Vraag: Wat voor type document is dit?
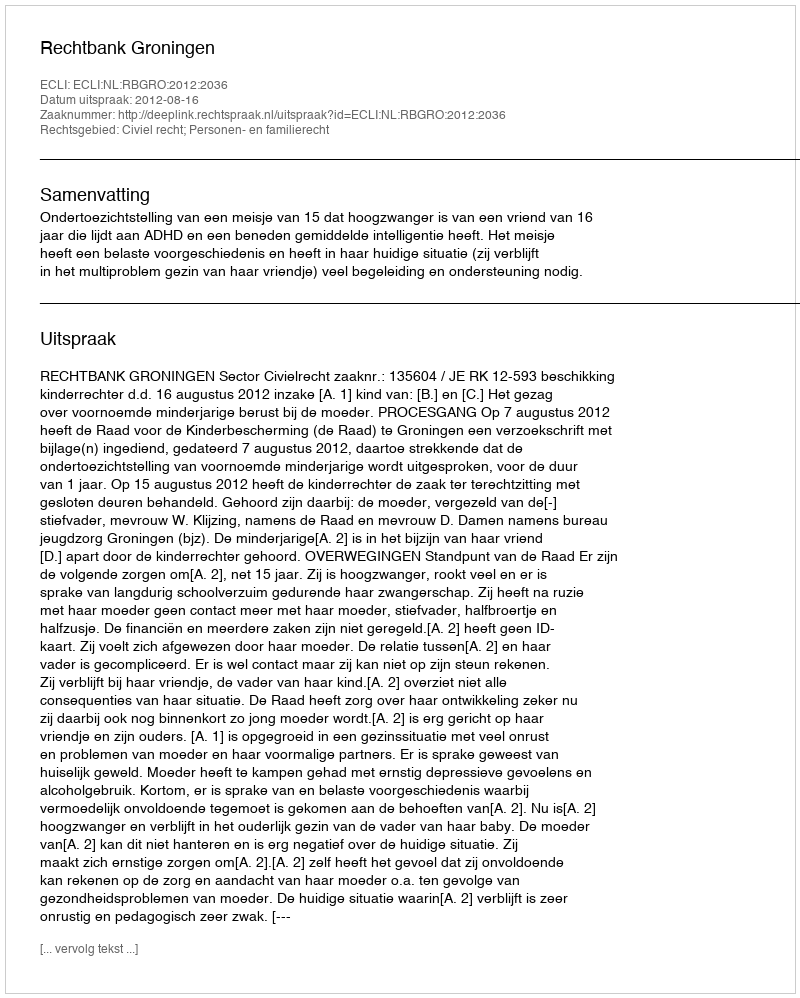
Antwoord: Uitspraak